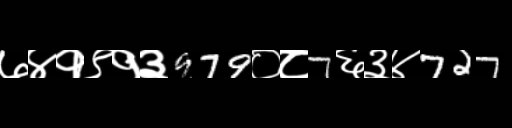
Text: ७४१९१३979०८7६३४727